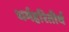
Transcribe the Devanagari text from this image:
धर्महरितीर्थ